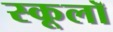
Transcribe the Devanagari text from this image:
स्कूलॉ